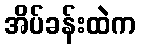
အိပ်ခန်းထဲက